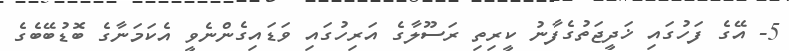
5- އޭގެ ފަހުގައި ޚަދީޖަތުގެފާނު ކީރިތި ރަސޫލާގެ އަރިހުގައި ވަޑައިގެންނެވީ އެކަމަނާގެ ބޮޑުބޭބެގެ